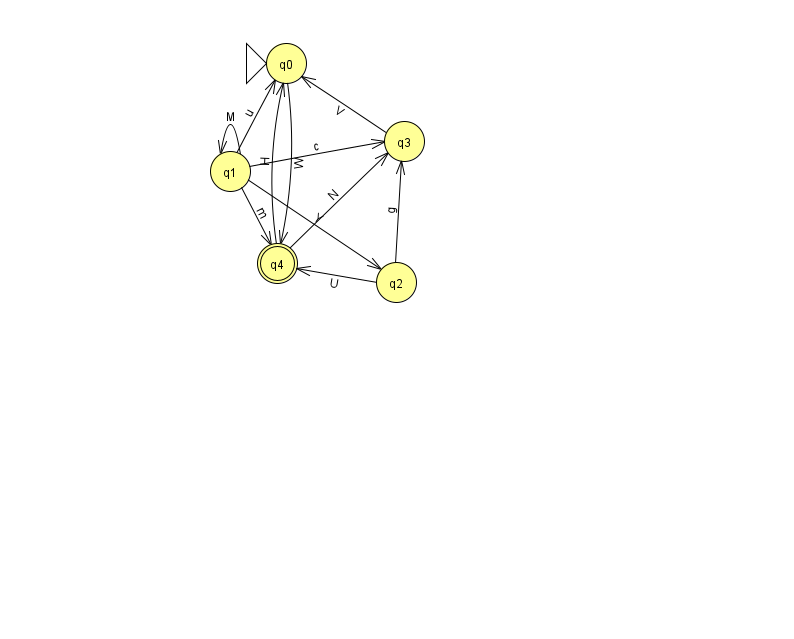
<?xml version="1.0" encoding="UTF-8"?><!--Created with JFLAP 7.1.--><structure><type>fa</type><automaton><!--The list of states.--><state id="0" name="q0"><x>286.0</x><y>50.0</y><initial/></state><state id="1" name="q1"><x>230.0</x><y>158.0</y></state><state id="2" name="q2"><x>396.0</x><y>269.0</y></state><state id="3" name="q3"><x>404.0</x><y>128.0</y></state><state id="4" name="q4"><x>277.0</x><y>250.0</y><final/></state><!--The list of transitions.--><transition><from>1</from><to>2</to><read>Y</read></transition><transition><from>1</from><to>3</to><read>c</read></transition><transition><from>4</from><to>0</to><read>H</read></transition><transition><from>0</from><to>4</to><read>W</read></transition><transition><from>1</from><to>4</to><read>m</read></transition><transition><from>2</from><to>4</to><read>U</read></transition><transition><from>3</from><to>0</to><read>V</read></transition><transition><from>2</from><to>3</to><read>g</read></transition><transition><from>1</from><to>1</to><read>M</read></transition><transition><from>4</from><to>3</to><read>N</read></transition><transition><from>1</from><to>0</to><read>u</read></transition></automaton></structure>